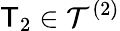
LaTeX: \mathsf T_{2}\in\mathcal T^{(2)}